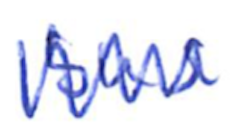
Text: bus
Cross-out: mix
Writing tool: ballpoint